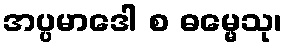
အပ္ပမာဒေါ စ ဓမ္မေသု၊